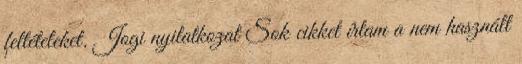
feltételeket. Jogi nyilatkozat Sok cikket írtam a nem használt